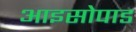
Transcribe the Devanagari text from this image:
आइसोपाड